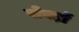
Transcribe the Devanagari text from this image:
सेवड़ों